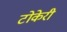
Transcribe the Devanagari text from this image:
टोकेरी